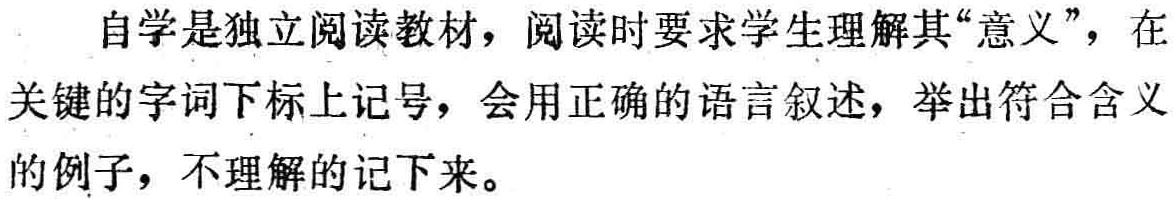
自学是独立阅读教材，阅读时要求学生理解其“意义”，在关键的字词下标上记号，会用正确的语言叙述，举出符合含义的例子，不理解的记下来。